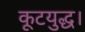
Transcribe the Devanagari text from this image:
कूटयुद्ध।